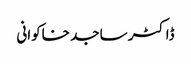
ڈاکٹر ساجد خاکوانی